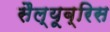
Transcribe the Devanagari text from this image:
सैल्यूब्रिस